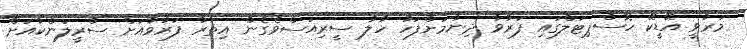
މަރުވީ އޭޑީކޭ ހޮސްޕިޓަލްގައި ފަރުވާ ދިނުމަށްފަހު ހާލު ސީރިއަސްވެގެން އިތުރު ފަރުވާއަށް ސްރީލަންކާއަށް